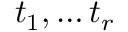
t _ { 1 } , \ldots t _ { r }